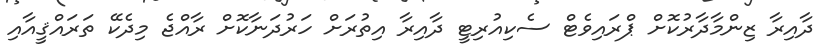
ދާއިރާ ޒިންމާދާރުކޮށް ޕްރައިވެޓް ސެކިއުރިޓީ ދާއިރާ އިތުރަށް ހަރުދަނާކޮށް ރާއްޖެ މިދެކޭ ތަރައްޤީއާއި